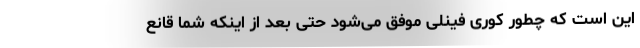
این است که چطور کوری فینلی موفق‌ می‌شود حتی بعد از اینکه شما قانع